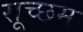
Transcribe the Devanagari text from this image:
सूच्‍छम